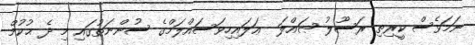
ނަމަވެސް ކީރިތި ރަސޫލު ޞައްލަ  ޢަލައިހިވަސައްލަމްގެ ސުންނަތުގައި މި ދެ ޙުކުމް